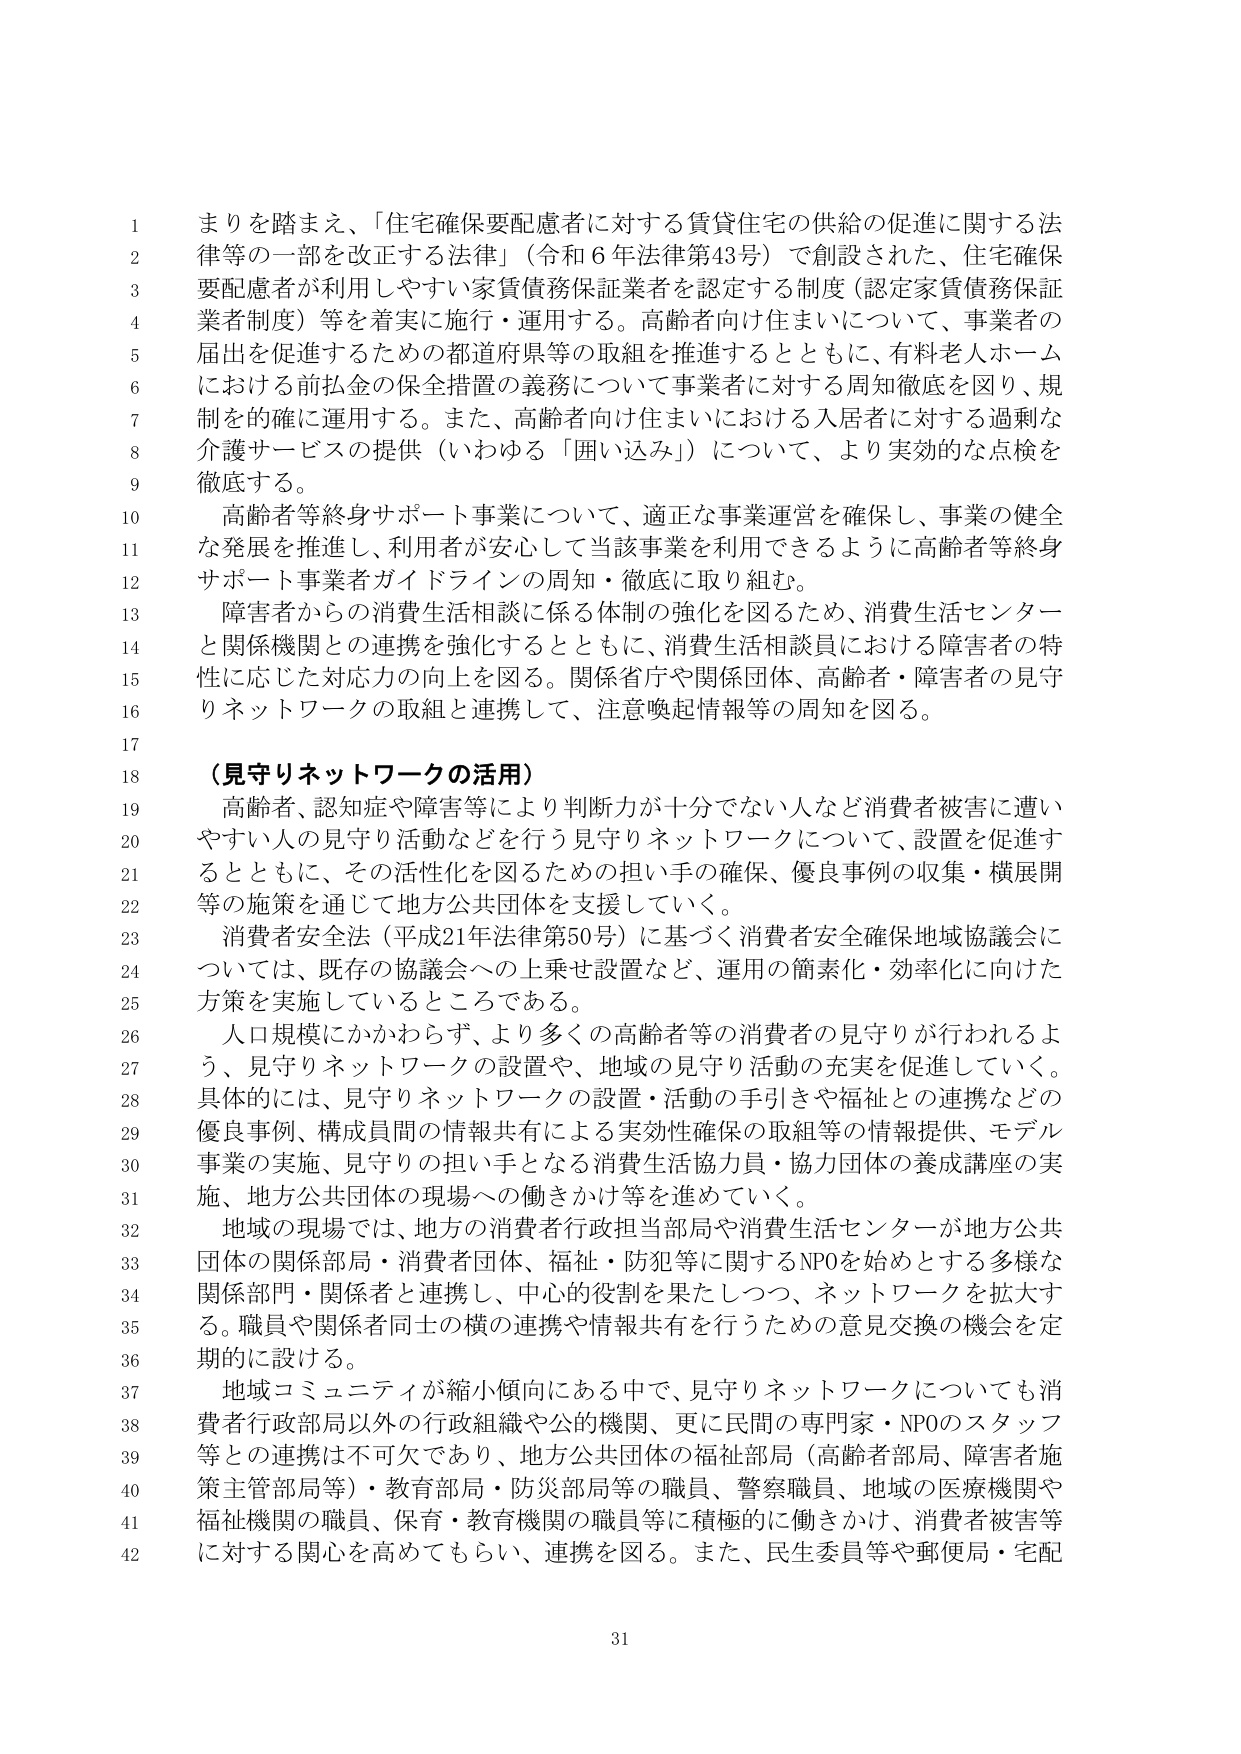
まりを踏まえ、「住宅確保要配慮者に対する賃貸住宅の供給の促進に関する法律等の一部を改正する法律」（令和６年法律第43号）で創設された、住宅確保要配慮者が利用しやすい家賃債務保証業者を認定する制度（認定家賃債務保証業者制度）等を着実に施行・運用する。高齢者向け住まいについて、事業者の届出を促進するための都道府県等の取組を推進するとともに、有料老人ホームにおける前払金の保全措置の義務について事業者に対する周知徹底を図り、規制を的確に運用する。また、高齢者向け住まいにおける入居者に対する過剰な介護サービスの提供（いわゆる「囲い込み」）について、より実効的な点検を徹底する。

高齢者等終身サポート事業について、適正な事業運営を確保し、事業の健全な発展を推進し、利用者が安心して当該事業を利用できるように高齢者等終身サポート事業者ガイドラインの周知・徹底に取り組む。

障害者からの消費生活相談に係る体制の強化を図るため、消費生活センターと関係機関との連携を強化するとともに、消費生活相談員における障害者の特性に応じた対応力の向上を図る。関係省庁や関係団体、高齢者・障害者の見守りネットワークの取組と連携して、注意喚起情報等の周知を図る。

（見守りネットワークの活用）

高齢者、認知症や障害等により判断力が十分でない人など消費者被害に遭いやすい人の見守り活動などを行う見守りネットワークについて、設置を促進するとともに、その活性化を図るための担い手の確保、優良事例の収集・横展開等の施策を通じて地方公共団体を支援していく。

消費者安全法（平成21年法律第50号）に基づく消費者安全確保地域協議会については、既存の協議会への上乗せ設置など、運用の簡素化・効率化に向けた方策を実施しているところである。

人口規模にかかわらず、より多くの高齢者等の消費者の見守りが行われるよう、見守りネットワークの設置や、地域の見守り活動の充実を促進していく。具体的には、見守りネットワークの設置・活動の手引きや福祉との連携などの優良事例、構成員間の情報共有による実効性確保の取組等の情報提供、モデル事業の実施、見守りの担い手となる消費生活協力員・協力団体の養成講座の実施、地方公共団体の現場への働きかけ等を進めていく。

地域の現場では、地方の消費者行政担当部局や消費生活センターが地方公共団体の関係部局・消費者団体、福祉・防犯等に関するNPOを始めとする多様な関係部門・関係者と連携し、中心的役割を果たしつつ、ネットワークを拡大する。職員や関係者同士の横の連携や情報共有を行うための意見交換の機会を定期的に設ける。

地域コミュニティが縮小傾向にある中で、見守りネットワークについても消費者行政部局以外の行政組織や公的機関、更に民間の専門家・NPOのスタッフ等との連携は不可欠であり、地方公共団体の福祉部局（高齢者部局、障害者施策主管部局等）・教育局・防災部局等の職員、警察職員、地域の医療機関や福祉機関の職員、保育・教育機関の職員等に積極的に働きかけ、消費者被害等に対する関心を高めてもらい、連携を図る。また、民生委員等や郵便局・宅配

31